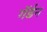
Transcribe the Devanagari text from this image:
गॅर्डन